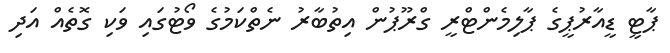
ޕާޓީ ޑީއާރުޕީގެ ޕާލިމެންޓްރީ ގްރޫޕުން އިތުބާރު ނެތްކަމުގެ ވޯޓުގައި ވަކި ގޮތެއް އަދި